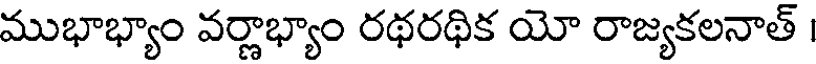
ముభాభ్యాం వర్ణాభ్యాం రథరథిక యో రాజ్యకలనాత్